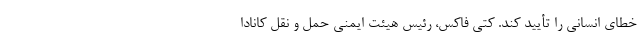
خطای انسانی را تأیید کند. کتی فاکس، رئیس هیئت ایمنی حمل و نقل کانادا